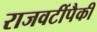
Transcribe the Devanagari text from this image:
राजवटींपैकी